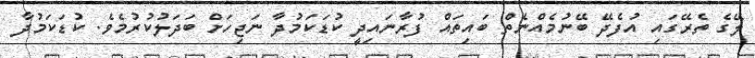
ލޭގެ ތެރޭގައި އުފެދޭ ބޭނުމެއްނެތް ބައިތައް ފުރާނައިދީ ކުޑަކަމުދާ ނަޖިހަށް ބަދަލުކުރުމެވެ. ކުޑަކަމުދާ